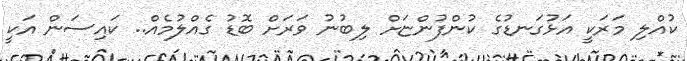
ކުއްލި މަރަކީ އަޅުގަނޑުގެ ކުންފުންޏަށް ލިބުނު ވަރަށް ބޮޑު ގެއްލުމެއް.. ކައިސަން އަކީ